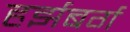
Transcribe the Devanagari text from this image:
हर्झबर्ग